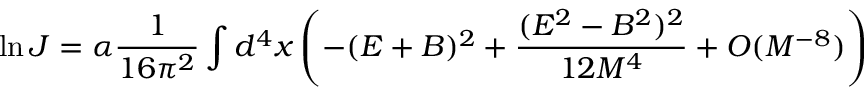
\ln J = \alpha \frac { 1 } { 1 6 \pi ^ { 2 } } \int d ^ { 4 } x \left( - ( E + B ) ^ { 2 } + \frac { ( E ^ { 2 } - B ^ { 2 } ) ^ { 2 } } { 1 2 M ^ { 4 } } + O ( M ^ { - 8 } ) \right)